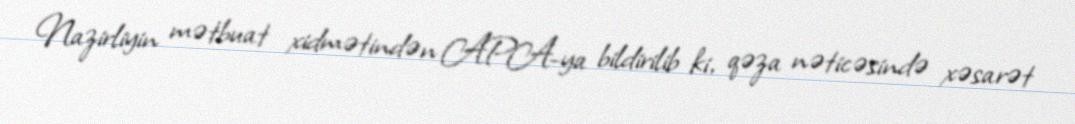
Nazirliyin mətbuat xidmətindən APA-ya bildirilib ki, qəza nəticəsində xəsarət